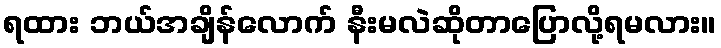
ရထား ဘယ်အချိန်လောက် နီးမလဲဆိုတာပြောလို့ရမလား။